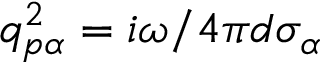
q _ { p \alpha } ^ { 2 } = i \omega / 4 \pi d { { \sigma } _ { \alpha } }